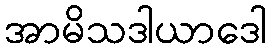
အာမိသဒါယာဒေါ